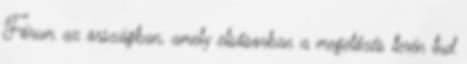
Fórum az országban, amely elsősorban a megelőzés terén tud